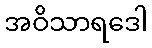
အဝိသာရဒေါ